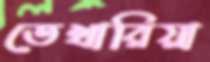
তেখারিয়া